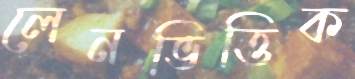
লেনভিত্তিক